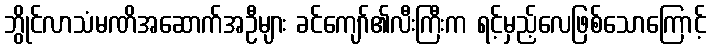
ဘွိုင်လာသံမဏိအဆောက်အဦများ ခင်ကျော်၏လီးကြီးက ရင့်မှည့်လေဖြစ်သောကြောင့်